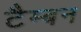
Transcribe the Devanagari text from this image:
टैम्बन